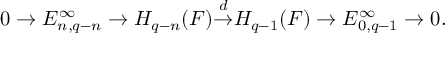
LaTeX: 0 \to E _ { n , q - n } ^ { \infty } \to H _ { q - n } ( F ) { \overset { d } { \to } } H _ { q - 1 } ( F ) \to E _ { 0 , q - 1 } ^ { \infty } \to 0 .